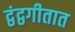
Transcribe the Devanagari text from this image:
द्वंद्वगीतात